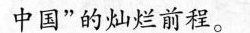
中国”的灿烂前程。